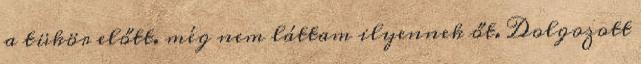
a tükör előtt. még nem láttam ilyennek őt. Dolgozott